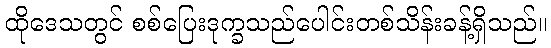
ထိုဒေသတွင် စစ်ပြေးဒုက္ခသည်ပေါင်းတစ်သိန်းခန့်ရှိသည်။